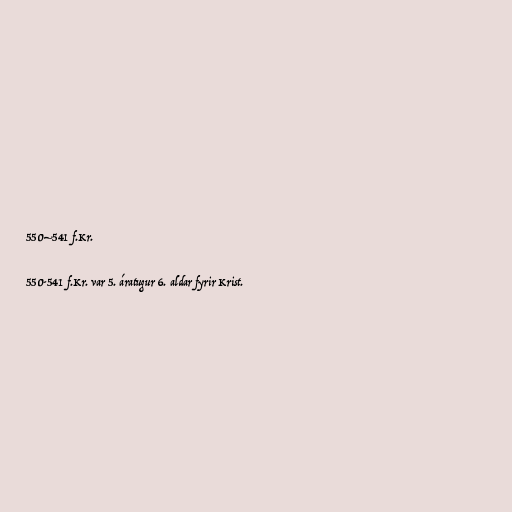
550–541 f.Kr.

550-541 f.Kr. var 5. áratugur 6. aldar fyrir Krist.